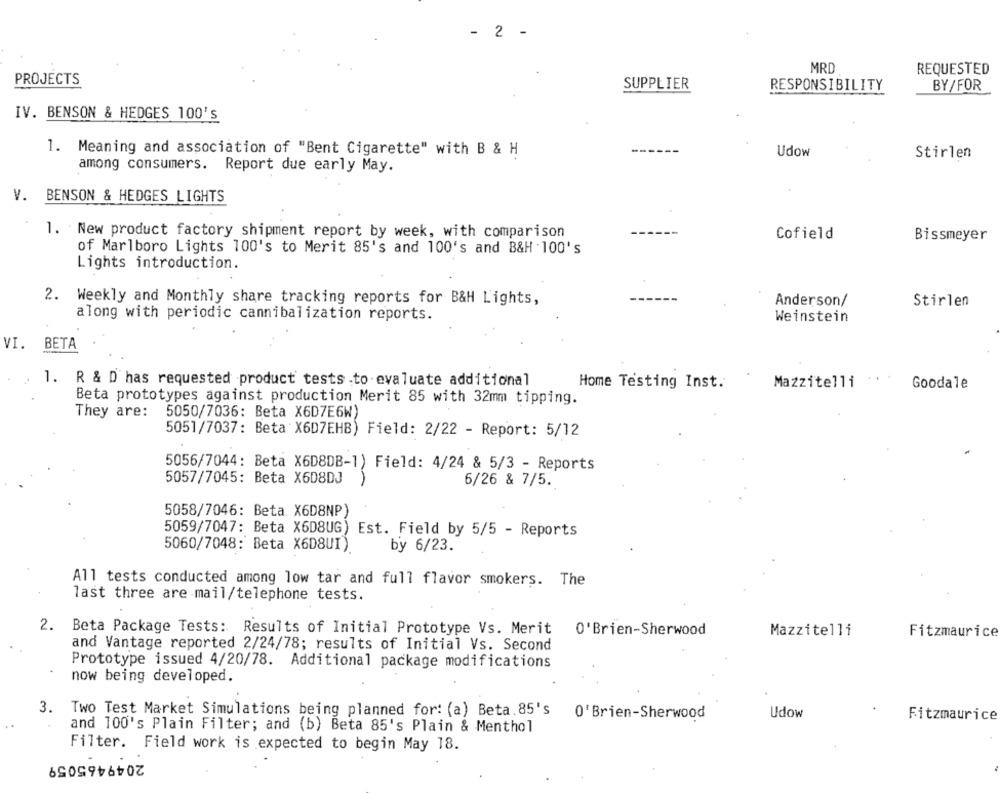
- 2 -
MRD
REQUESTED
PROJECTS
SUPPLIER
BY/FOR
RESPONSIBILITY
IV. BENSON & HEDGES 100'S
Udow
1. Meaning and association of "Bent Cigarette" with B & H
Stirlen
among consumers. Report due early May.
V. BENSON & HEDGES LIGHTS
1. New product factory shipment report by week, with comparison
Cofield
Bissmeyer
of Marlboro Lights 100's to Merit 85's and 100's and B&H -100's
Lights introduction.
2. Weekly and Monthly share tracking reports for B&H Lights,
Anderson/
Stirlen
along with periodic cannibalization reports.
Weinstein
VI.
BETA
1.
R & D has requested product tests .to evaluate additional
Home Testing Inst.
Mazzitelli :. '
Goodale
Beta prototypes against production Merit 85 with 32mm tipping.
They are:
5050/7036: Beta X6D7E6W)
5051/7037: Beta X6D7EHB) Field: 2/22 - Report: 5/12
5056/7044: Beta X6D8DB-1) Field: 4/24 & 5/3 - Reports
5057/7045: Beta X608DJ
6/26 & 7/5.
5058/7046: Beta. X6D8NP)
5059/7047: Beta X6D8UG) Est. Field by 5/5 - Reports
5060/7048: Beta X6D8UI)
by 6/23.
All tests conducted among low tar and full flavor smokers. The
last three are-mail/telephone tests.
2.
Beta Package Tests: Results of Initial Prototype Vs. Merit O'Brien-Sherwood
Mazzitelli
Fitzmaurice
and Vantage reported 2/24/78; results of Initial Vs. Second
Prototype issued 4/20/78. Additional package modifications
now being developed.
3.
Two Test Market Simulations being planned for: (a) Beta.85's
0'Brien-Sherwood
Udow
Fitzmaurice
and 100's Plain Filter; and (b) Beta 85's Plain & Menthol
Filter. Field work is expected to begin May 18.
2049465059